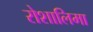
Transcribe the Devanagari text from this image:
रोशालिमा